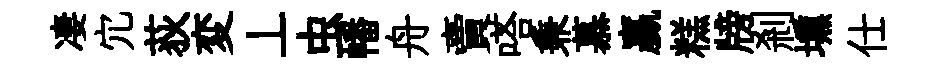
凄宂荻変丄虫幡舟賣嗒兼慕贏糕牓剎壎仕